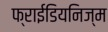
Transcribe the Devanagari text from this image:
फ्राईडियनिज्म